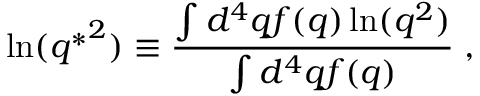
\ln ( { q ^ { * } } ^ { 2 } ) \equiv \frac { \int d ^ { 4 } q f ( q ) \ln ( q ^ { 2 } ) } { \int d ^ { 4 } q f ( q ) } \; ,